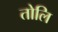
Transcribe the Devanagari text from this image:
तोलि